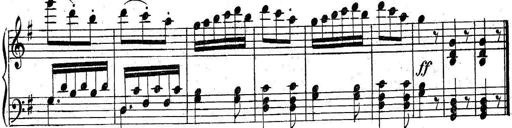
Title: 6 Easy Sonatinas
Composer: Carl Czerny